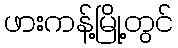
ဖားကန့်မြို့တွင်